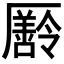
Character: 𠫄